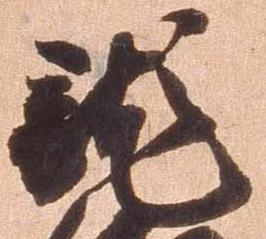
龍